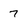
Character: 7